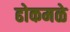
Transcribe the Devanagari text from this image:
ढोकमळे